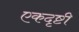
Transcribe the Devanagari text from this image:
एकदृष्टी